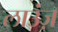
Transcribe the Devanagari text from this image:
लाउंज़